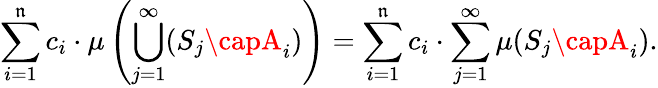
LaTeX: \sum_{i=1}^{\mathfrak{n}}c_{i}\cdot\mu\left(\bigcup_{j=1}^{\infty}(S_{j}\capA_{i})\right)=\sum_{i=1}^{\mathfrak{n}}c_{i}\cdot\sum_{j=1}^{\infty}\mu(S_{j}\capA_{i}).